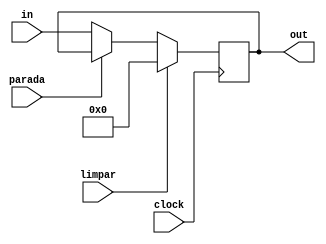
module RegPipeline(
	input clock, parada, limpar,
	input wire [TAM-1:0] in,
	output reg [TAM-1:0] out
	);
			
	//Quantidade de bits a serem armazenados
	parameter TAM = 32; 
	
	always @ ( posedge clock ) begin // na borda ascendente
		//limpa os valores do registrador
		if (limpar)
			out <= {TAM{1'b0}};
		//mantem a saida
		else if (parada)
			out <= out;
		//atribui uma nova saida
		else
			out <= in;
	end
						 
endmodule